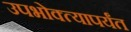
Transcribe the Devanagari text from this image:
उपभोक्त्यापर्यंत